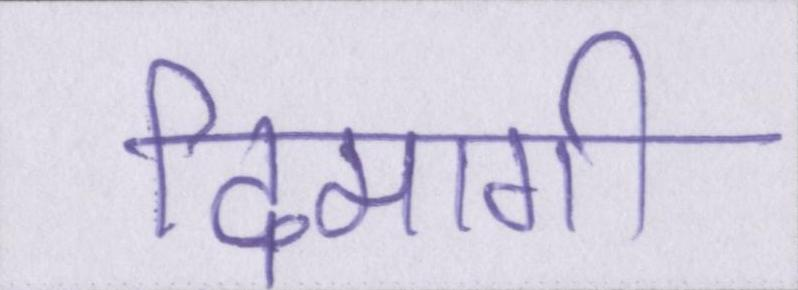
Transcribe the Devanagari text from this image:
दिमागी